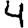
Digit: 4